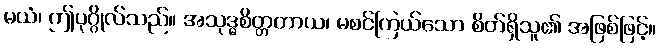
မယံ၊ ဤပုဂ္ဂိုလ်သည်။ အသုဒ္ဓစိတ္တတာယ၊ မစင်ကြယ်သော စိတ်ရှိသူ၏ အဖြစ်ဖြင့်။